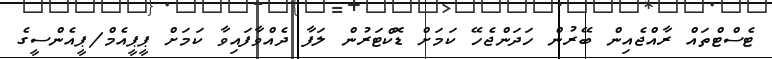
ޓެސްޓްތައް ރާއްޖެއިން ބޭރުން ހަދަންޖެހޭ ކަމަށް ޑޮކްޓަރުން ލަފާ ދެއްވާފައިވާ ކަމަށް ޕީޕީއެމް/ޕީއެންސީގެ